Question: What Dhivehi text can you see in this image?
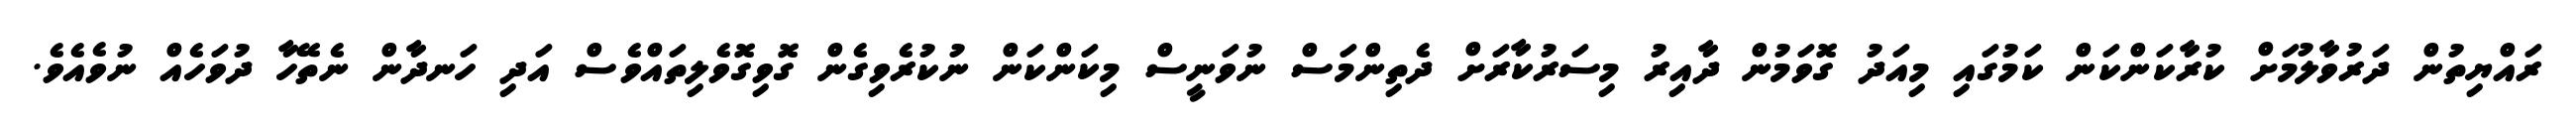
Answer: ރައްޔިތުން ދަރުވާލުމަށް ކުރާކަންކަން ކަމުގައި މިއަދު ގޮވަމުން ދާއިރު މިސަރުކާރަށް ދެތިންމަސް ނުވަނީސް މިކަންކަން ނުކުރެވިގެން ގޮވިގޮވެލިތައްވެސް އަދި ހަނދާން ނެތޭހާ ދުވަހެއް ނުވެއެވެ.